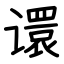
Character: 𫍽